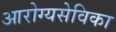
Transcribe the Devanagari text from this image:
आरोग्यसेविका